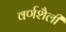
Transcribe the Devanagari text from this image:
वर्णशैली